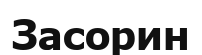
Засорин